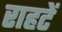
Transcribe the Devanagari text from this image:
राहटें